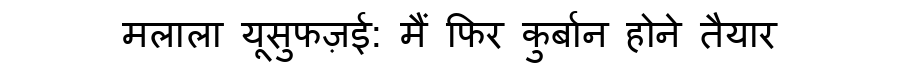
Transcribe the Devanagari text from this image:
मलाला यूसुफज़ई: मैं फिर कुर्बान होने तैयार